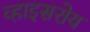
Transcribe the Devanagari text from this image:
व्हाइसरोय